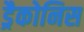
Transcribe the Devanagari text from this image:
ड्रैकोनिस